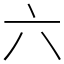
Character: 六